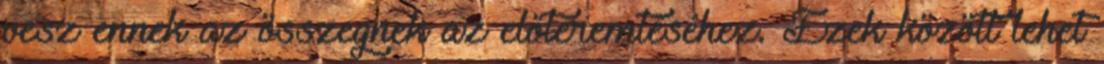
vesz ennek az összegnek az előteremtéséhez. Ezek között lehet